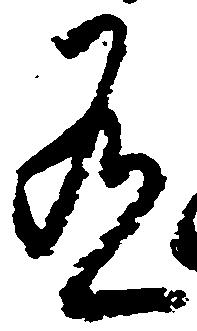
有